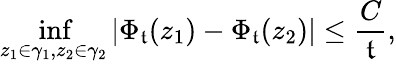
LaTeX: \operatorname*{inf}_{z_{1}\in\gamma_{1},z_{2}\in\gamma_{2}}|\Phi_{\mathfrak{t}}(z_{1})-\Phi_{\mathfrak{t}}(z_{2})|\leq\frac{{C}}{{\mathfrak{t}}},